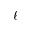
\ell